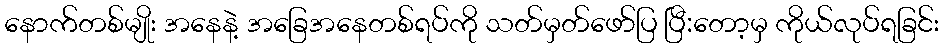
နောက်တစ်မျိုး အနေနဲ့ အခြေအနေတစ်ရပ်ကို သတ်မှတ်ဖော်ပြ ပြီ:တော့မှ ကိုယ်လုပ်ရခြင်း